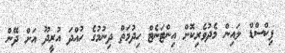
ފިކްސްޑް ލައިން މެދުވެރިކޮށް އިންޓަނެޓް ހިދުމަތް ދިނުމުގެ ހުއްދަ އުރީދޫ އަށް ދޭން